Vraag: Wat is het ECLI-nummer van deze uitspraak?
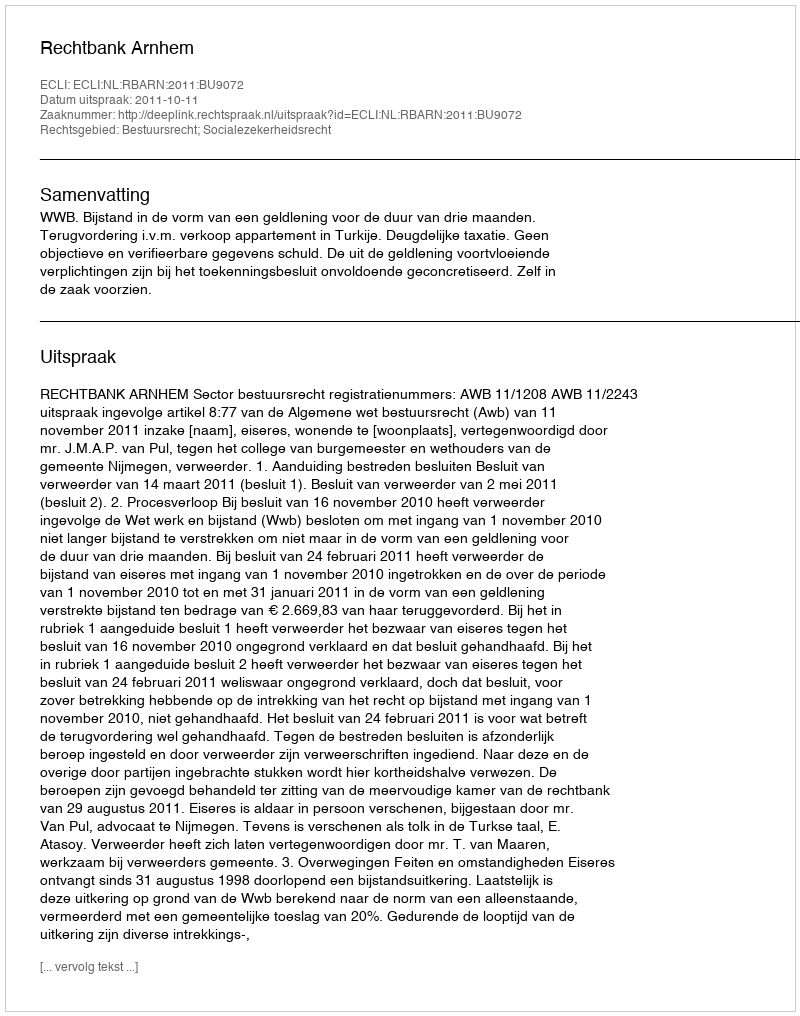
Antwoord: ECLI:NL:RBARN:2011:BU9072